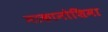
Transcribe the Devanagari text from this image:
नाकानोशिमा